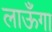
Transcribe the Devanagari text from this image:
लाऊँगा